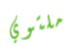
ملتوي